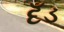
દઁડ